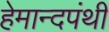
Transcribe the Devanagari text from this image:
हेमान्दपंथी